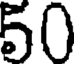
50